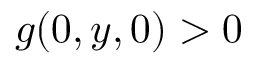
g ( 0 , y , 0 ) > 0